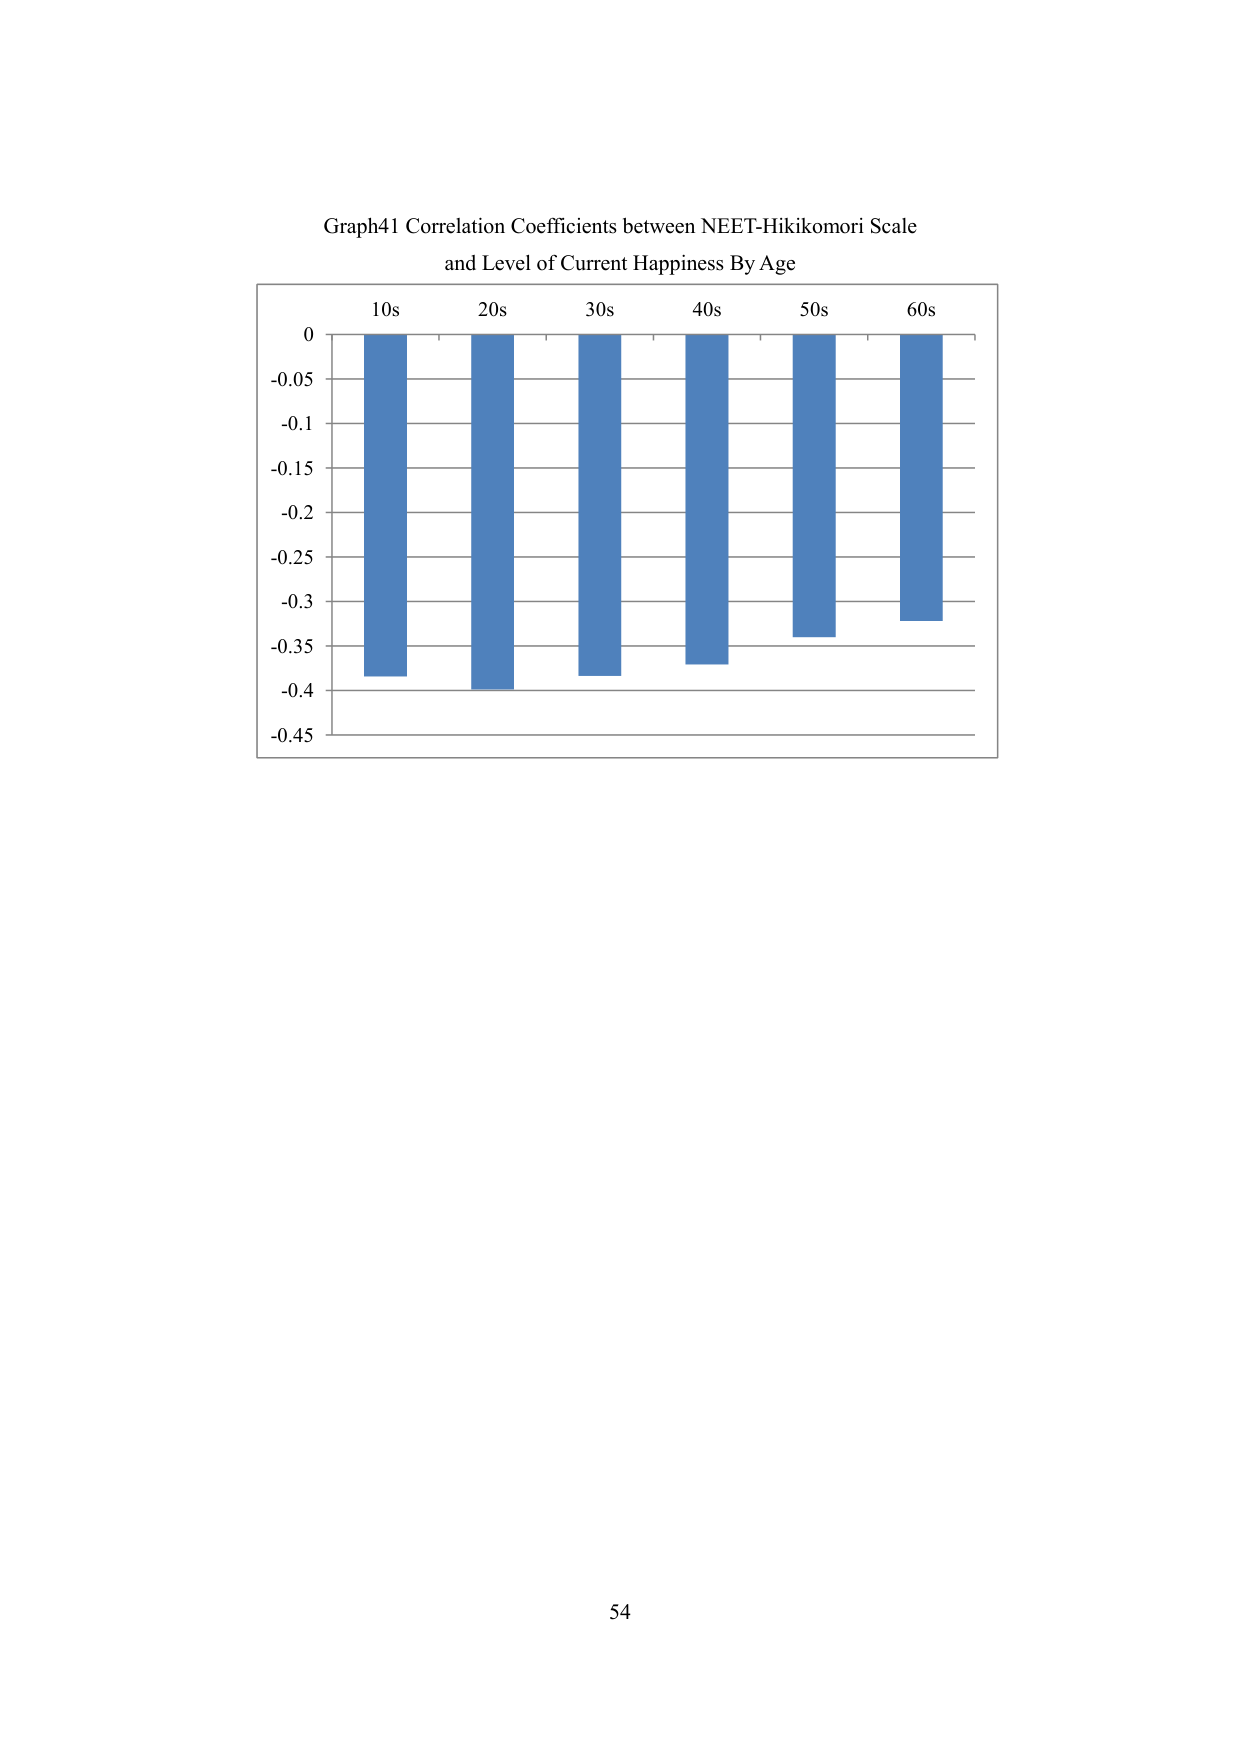
Graph41 Correlation Coefficients between NEET-Hikikomori Scale
and Level of Current Happiness By Age
10s 20s 30s 40s 50s 60s
0
-0.05
-0.1
-0.15
-0.2
-0.25
-0.3
-0.35
-0.4
-0.45
54